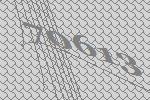
70613